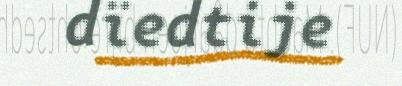
dïedtije